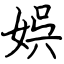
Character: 娯